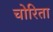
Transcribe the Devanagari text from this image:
चोरिता